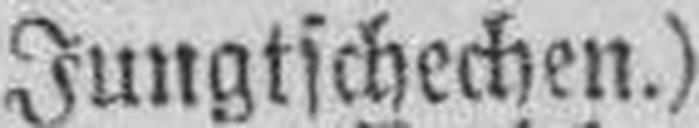
Jungtschechen.)